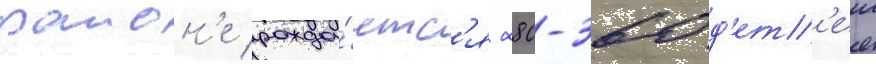
раион'е рожда́етс'я 280-360 д'ет'еи